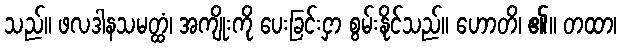
သည်။ ဖလဒါနသမတ္ထံ၊ အကျိုးကို ပေးခြင်းငှာ စွမ်းနိုင်သည်။ ဟောတိ၊ ၏။ တထာ၊